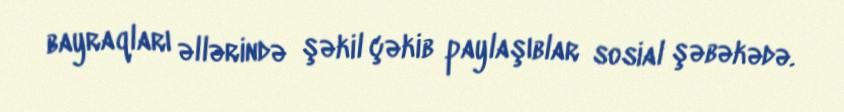
bayraqları əllərində şəkil çəkib paylaşıblar sosial şəbəkədə.